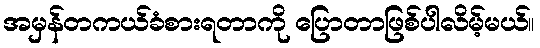
အမှန်တကယ်ခံစားရတာကို ပြောတာဖြစ်ပါလိမ့်မယ်။